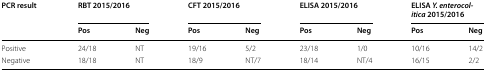
| <ROWSPAN=2> PCR result | <COLSPAN=2> RBT 2015/2016 | <COLSPAN=2> CFT 2015/2016 | <COLSPAN=2> ELISA 2015/2016 | <COLSPAN=2> ELISA Y. enterocolitica 2015/2016 |
 | Pos | Neg | Pos | Neg | Pos | Neg | Pos | Neg |
 | --- | --- | --- | --- | --- | --- | --- | --- | --- |
 | Positive | 24/18 | NT | 19/16 | 5/2 | 23/18 | 1/0 | 10/16 | 14/2 |
 | Negative | 18/18 | NT | 18/9 | NT/7 | 18/14 | NT/4 | 16/15 | 2/2 |